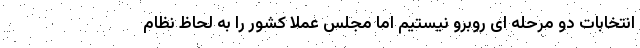
انتخابات دو مرحله ای روبرو نیستیم اما مجلس عملا کشور را به لحاظ نظام